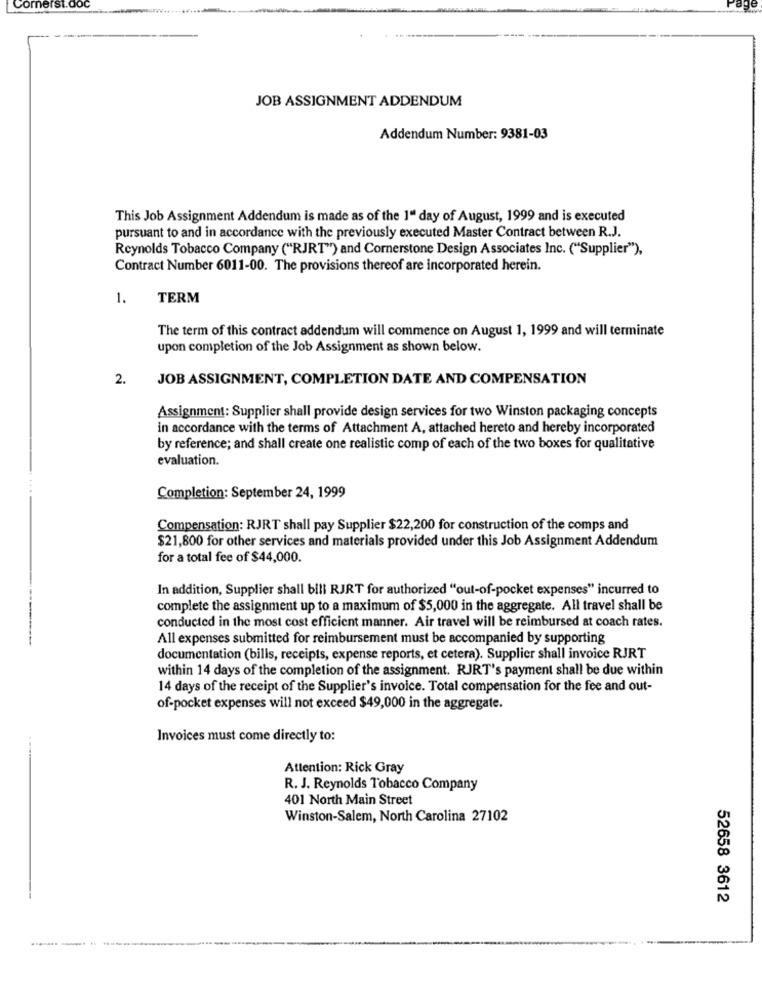
Cornerst.doc
JOB ASSIGNMENT ADDENDUM
Addendum Number: 9381-03
This Job Assignment Addendum is made as of the 1" day of August, 1999 and is executed
pursuant to and in accordance with the previously executed Master Contract between R.J.
Reynolds Tobacco Company ("RJRT") and Cornerstone Design Associates Inc. ("Supplier"),
Contract Number 6011-00. The provisions thereof are incorporated herein.
1.
TERM
The term of this contract addendum will commence on August 1, 1999 and will terminate
upon completion of the Job Assignment as shown below.
2.
JOB ASSIGNMENT, COMPLETION DATE AND COMPENSATION
Assignment: Supplier shall provide design services for two Winston packaging concepts
in accordance with the terms of Attachment A, attached hereto and hereby incorporated
by reference; and shall create one realistic comp of each of the two boxes for qualitative
evaluation.
Completion: September 24, 1999
Compensation: RJRT shall pay Supplier $22,200 for construction of the comps and
$21,800 for other services and materials provided under this Job Assignment Addendum
for a total fee of $44,000.
In addition, Supplier shall bill RJRT for authorized "out-of-pocket expenses" incurred to
complete the assignment up to a maximum of $5,000 in the aggregate. All travel shall be
conducted in the most cost efficient manner. Air travel will be reimbursed at coach rates.
All expenses submitted for reimbursement must be accompanied by supporting
documentation (bills, receipts, expense reports, et cetera). Supplier shall invoice RJRT
within 14 days of the completion of the assignment. RJRT's payment shall be due within
14 days of the receipt of the Supplier's invoice. Total compensation for the fee and out-
of-pocket expenses will not exceed $49,000 in the aggregate.
Invoices must come directly to:
Attention: Rick Gray
R. J. Reynolds Tobacco Company
401 North Main Street
Winston-Salem, North Carolina 27102
52658 3612
-------